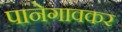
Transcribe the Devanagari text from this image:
पानेगावकर